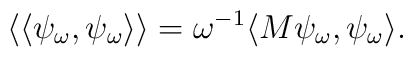
\langle\langle\psi_\omega,\psi_\omega\rangle\rangle=\omega^{-1}\langle M \psi_\omega,\psi_\omega\rangle.